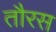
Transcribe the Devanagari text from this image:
तौरस